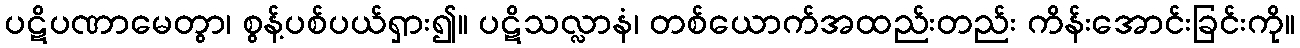
ပဋိပဏာမေတွာ၊ စွန့်ပစ်ပယ်ရှား၍။ ပဋိသလ္လာနံ၊ တစ်ယောက်အထည်းတည်း ကိန်းအောင်းခြင်းကို။